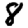
Digit: 8